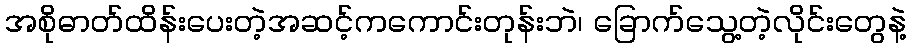
အစိုဓာတ်ထိန်းပေးတဲ့အဆင့်ကကောင်းတုန်းဘဲ၊ ခြောက်သွေ့တဲ့လိုင်းတွေနဲ့